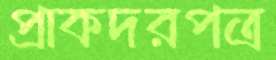
প্রাকদরপত্র